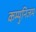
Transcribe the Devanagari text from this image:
कम्युनिजम